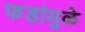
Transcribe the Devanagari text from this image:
फडांमुळे